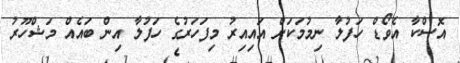
އޮސްކާ އެވޯޑް ހަފުލާ ނިމުމަކަށް އައިއިރު މިފަހަރުގެ ހަފުލާ އިން ބައެއް މަޝްހޫރު